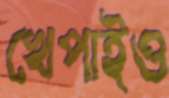
খেপাইও